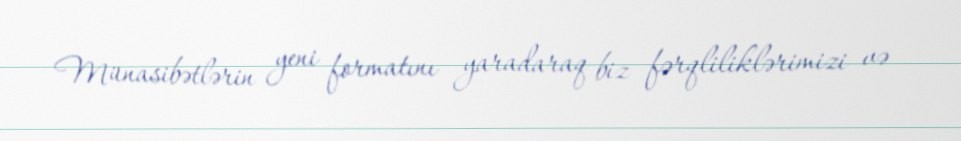
Münasibətlərin yeni formatını yaradaraq biz fərqliliklərimizi və